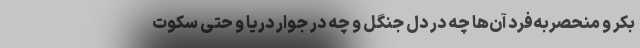
بکر و منحصربه‌فرد آن‌ها چه در دل جنگل و چه در جوار دریا و حتی سکوت